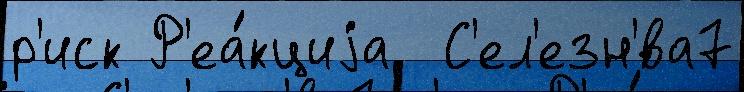
р'иск Р'еа́кциjа  С'ел'езн'́ва7